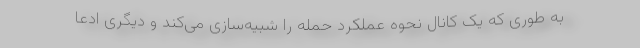
به طوری که یک کانال نحوه عملکرد حمله را شبیه‌سازی می‌کند و دیگری ادعا